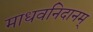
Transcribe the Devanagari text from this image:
माधवनिदानम्